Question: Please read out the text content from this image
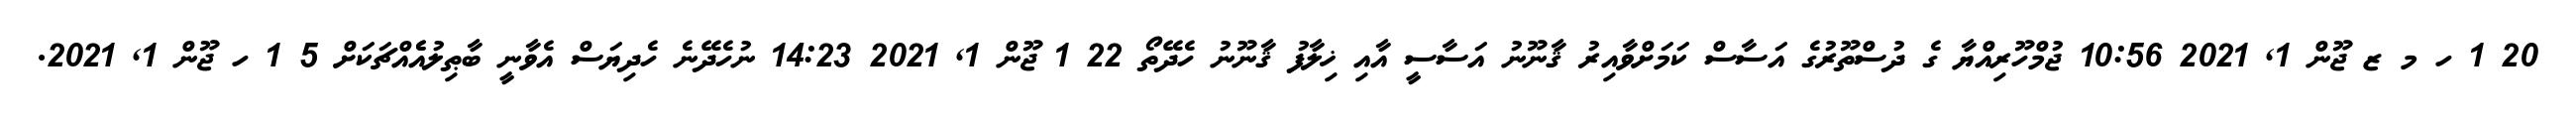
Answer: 20 1 ހ މ ޒ ޖޫން 1, 2021 10:56 ޖުމްހޫރިއްޔާ ގެ ދުސްތޫރުގެ އަސާސް ކަމަށްވާއިރު ޤާނޫނު އަސާސީ އާއި ޚިލާފު ޤާނޫނު ހެދޭތޯ 22 1 ޖޫން 1, 2021 14:23 ނުހެދޭނެ ހެދިޔަސް އެވާނީ ބާޠިލުއެެއްޗަކަށް 5 1 ހ ޖޫން 1, 2021.